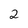
Character: 2